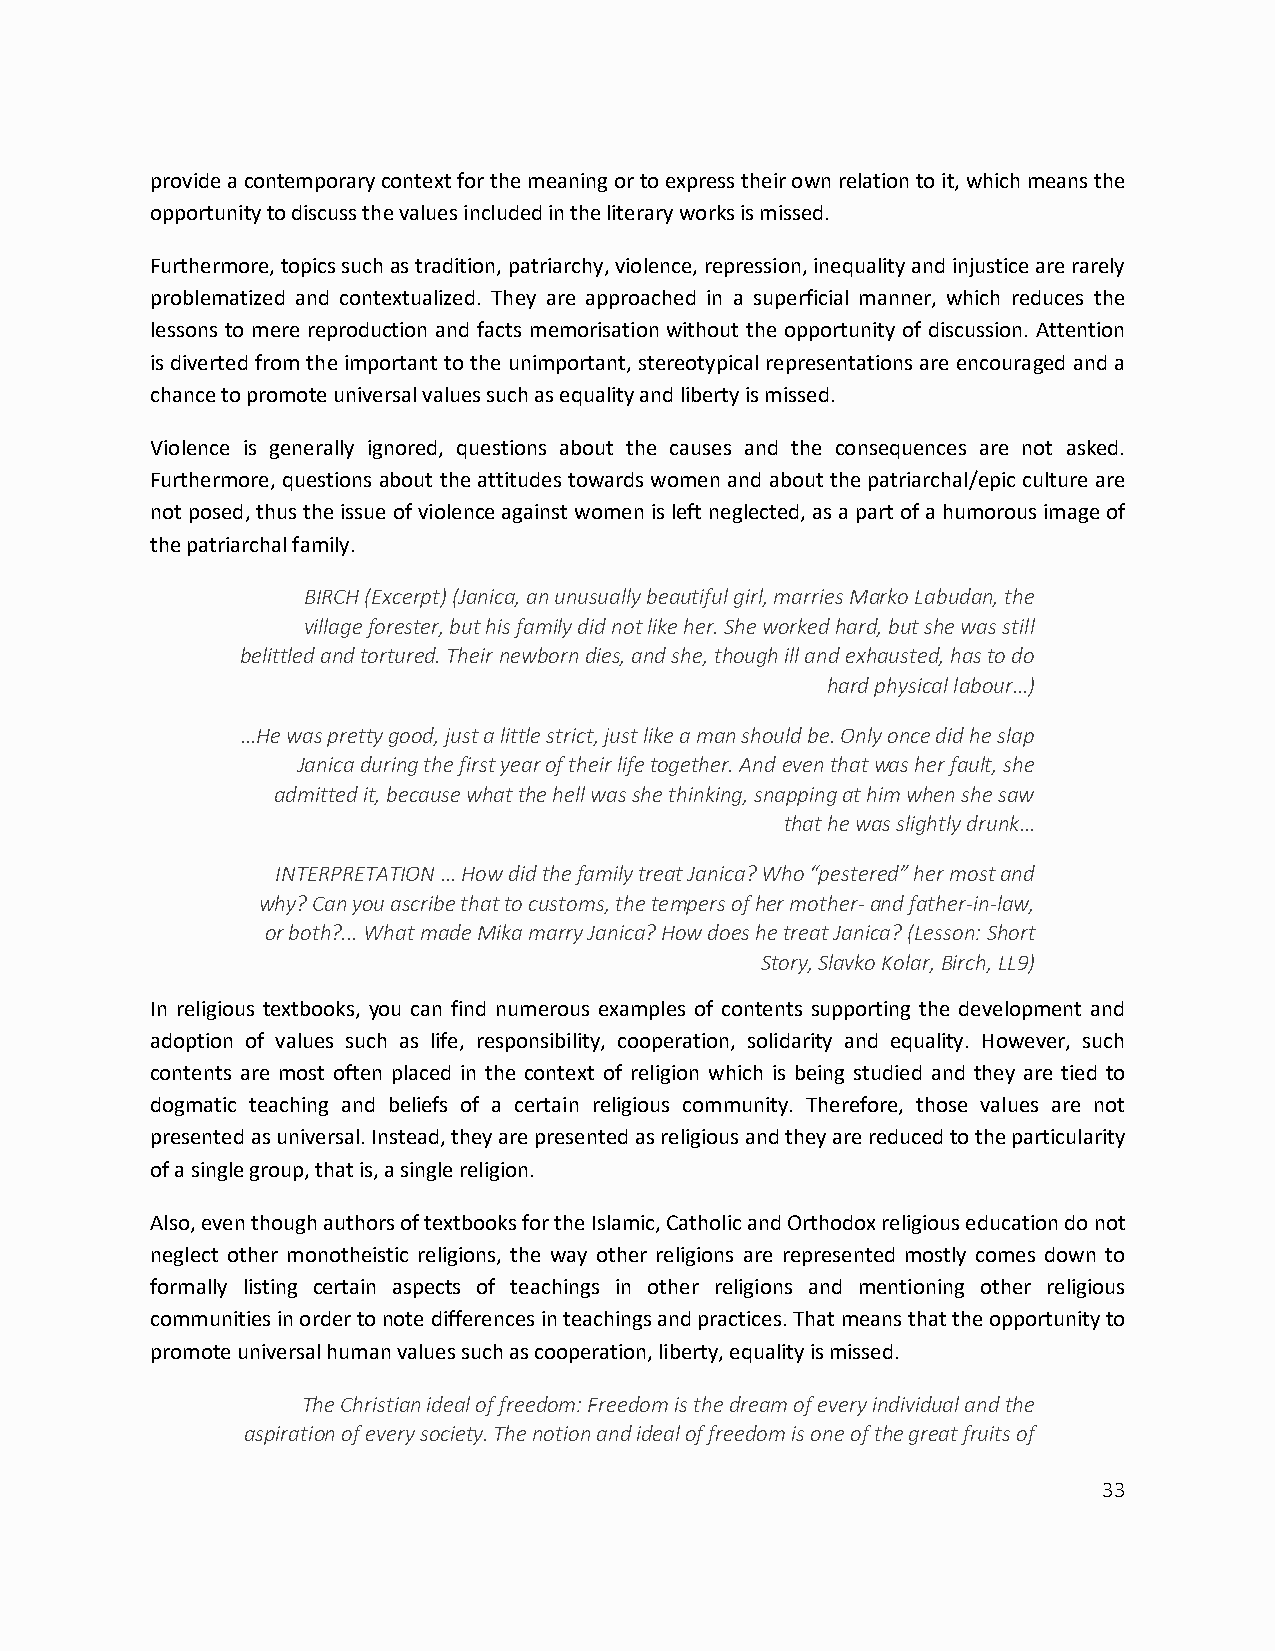
provide a contemporary context for the meaning or to express their own relation to it, which means the
 opportunity to discuss the values included in the literary works is missed.
 Furthermore, topics such as tradition, patriarchy, violence, repression, inequality and injustice are rarely
 problematized and contextualized. They are approached in a superficial manner, which reduces the
 lessons to mere reproduction and facts memorisation without the opportunity of discussion. Attention
 is diverted from the important to the unimportant, stereotypical representations are encouraged and a
 chance to promote universal values such as equality and liberty is missed.
 Violence is generally ignored, questions about the causes and the consequences are not asked.
 Furthermore, questions about the attitudes towards women and about the patriarchal/epic culture are
 not posed, thus the issue of violence against women is left neglected, as a part of a humorous image of
 the patriarchal family.
 BIRCH (Excerpt) (Janica, an unusually beautiful girl, marries Marko Labudan, the
 village forester, but his family did not like her. She worked hard, but she was still
 belittled and tortured. Their newborn dies, and she, though ill and exhausted, has to do
 hard physical labour…)
 …He was pretty good, just a little strict, just like a man should be. Only once did he slap
 Janica during the first year of their life together. And even that was her fault, she
 admitted it, because what the hell was she thinking, snapping at him when she saw
 that he was slightly drunk…
 INTERPRETATION … How did the family treat Janica? Who “pestered” her most and
 why? Can you ascribe that to customs, the tempers of her mother- and father-in-law,
 or both?... What made Mika marry Janica? How does he treat Janica? (Lesson: Short
 Story, Slavko Kolar, Birch, LL9)
 In religious textbooks, you can find numerous examples of contents supporting the development and
 adoption of values such as life, responsibility, cooperation, solidarity and equality. However, such
 contents are most often placed in the context of religion which is being studied and they are tied to
 dogmatic teaching and beliefs of a certain religious community. Therefore, those values are not
 presented as universal. Instead, they are presented as religious and they are reduced to the particularity
 of a single group, that is, a single religion.
 Also, even though authors of textbooks for the Islamic, Catholic and Orthodox religious education do not
 neglect other monotheistic religions, the way other religions are represented mostly comes down to
 formally listing certain aspects of teachings in other religions and mentioning other religious
 communities in order to note differences in teachings and practices. That means that the opportunity to
 promote universal human values such as cooperation, liberty, equality is missed.
 The Christian ideal of freedom: Freedom is the dream of every individual and the
 aspiration of every society. The notion and ideal of freedom is one of the great fruits of
 33